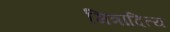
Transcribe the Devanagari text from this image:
मित्रादित्य